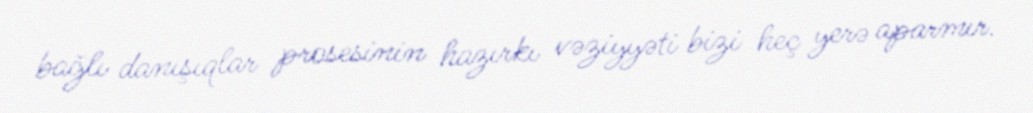
bağlı danışıqlar prosesinin hazırkı vəziyyəti bizi heç yerə aparmır.